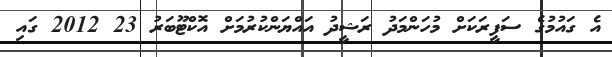
އެ ގައުމުގެ ސަފީރަކަށް މުހަންމަދު ރަޝީދު އައްޔަންކުރުމަށް އޮކްޓޫބަރު 23 2012 ގައި